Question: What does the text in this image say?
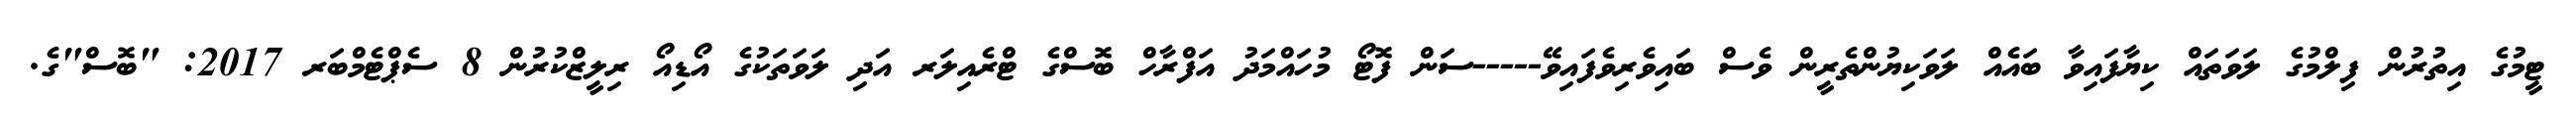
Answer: ޓީމުގެ އިތުރުން ފިލްމުގެ ލަވަތައް ކިޔާފައިވާ ބައެއް ލަވަކިޔުންތެރީން ވެސް ބައިވެރިވެފައިވޭ-----ސަން ފޮޓޯ މުހައްމަދު އަފްރާހް ބޮސްގެ ޓްރެއިލަރ އަދި ލަވަތަކުގެ އޯޑިއޯ ރިލީޒްކުރުން 8 ސެޕްޓެމްބަރ 2017: "ބޮސް"ގެ.